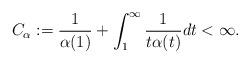
LaTeX: \begin{align*}C_\alpha:=\frac{1}{\alpha(1)} + \int_1^\infty \frac1{t\alpha(t)} dt <\infty. \end{align*}